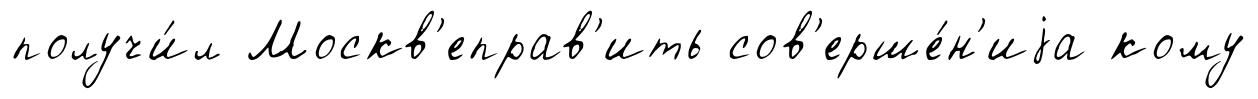
получи́л Москв'еправ'ить сов'ерше́н'иjа кому